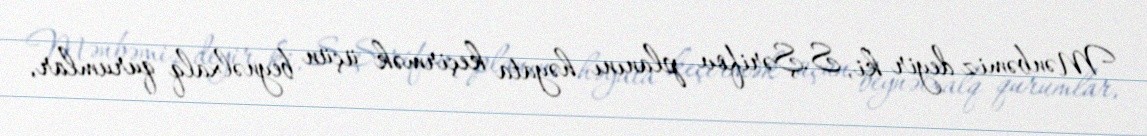
Mənbəmiz deyir ki, S.Şərifov planını həyata keçirmək üçün beynəlxalq qurumlar,